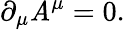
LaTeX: \partial_{\mu}\mathit{A}^{\mu}=0.